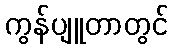
ကွန်ပျူတာတွင်